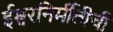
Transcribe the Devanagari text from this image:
ईश्वरनिर्मीतीची